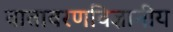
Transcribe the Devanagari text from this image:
वातावरणविज्ञानीय